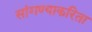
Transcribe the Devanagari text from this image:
सांगण्याकरिता